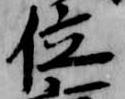
位